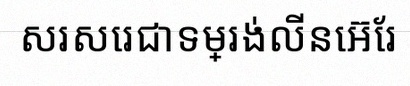
សរសេរជាទម្រង់លីនេអ៊ែរ